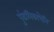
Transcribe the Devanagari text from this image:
पुंडलिकाचेनि